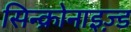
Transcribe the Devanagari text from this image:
सिन्क्रोनाइज़्ड